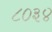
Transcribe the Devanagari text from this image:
८०३४